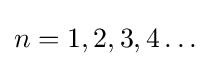
n=1,2,3,4\ldots